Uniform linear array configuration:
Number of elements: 24
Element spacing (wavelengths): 0.75
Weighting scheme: hamming
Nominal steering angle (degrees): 0
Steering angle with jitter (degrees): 0.6222
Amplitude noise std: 0.05
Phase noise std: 0.05

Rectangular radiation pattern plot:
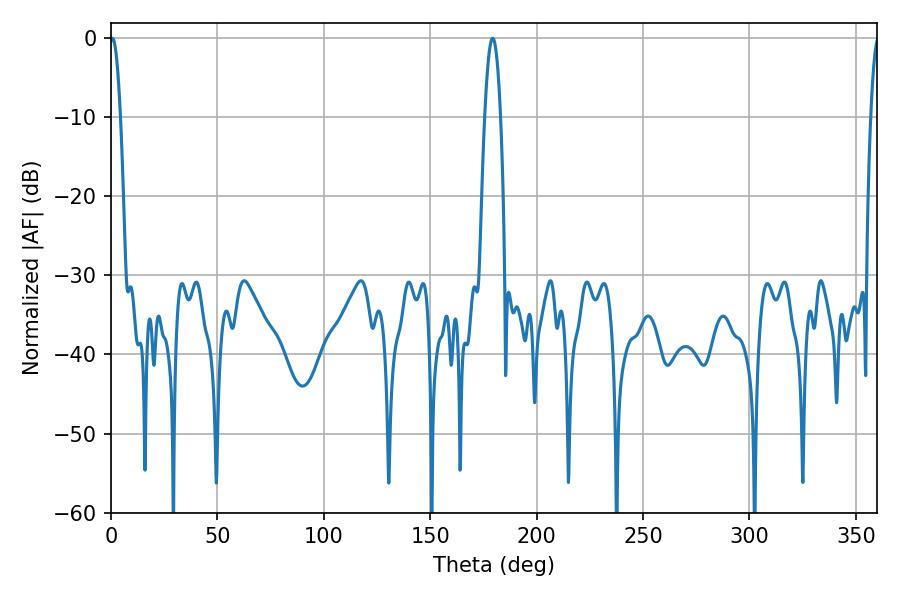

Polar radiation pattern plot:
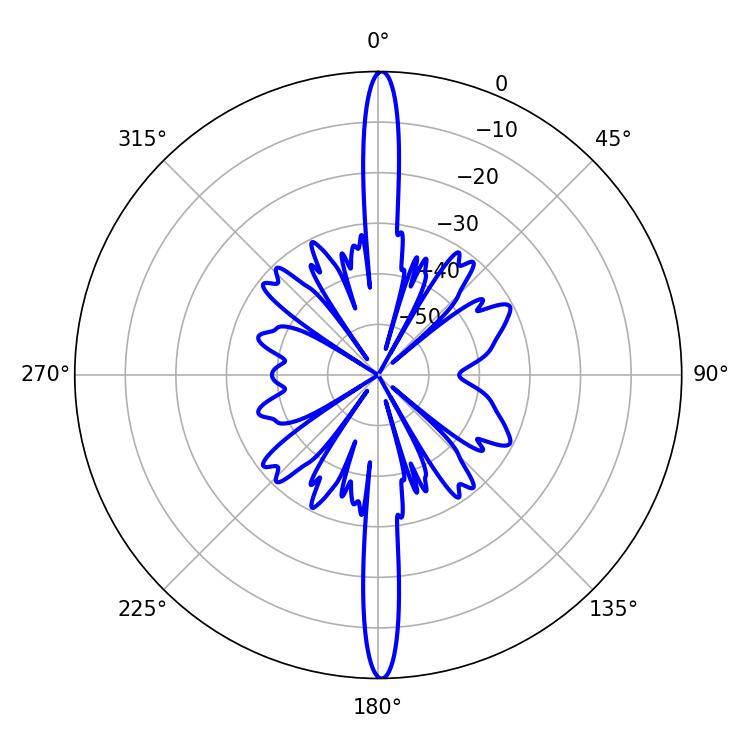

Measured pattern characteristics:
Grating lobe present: TRUE
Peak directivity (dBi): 30.106
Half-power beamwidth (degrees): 4.14
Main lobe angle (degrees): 179.28